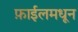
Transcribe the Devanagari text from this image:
फ़ाईलमधून